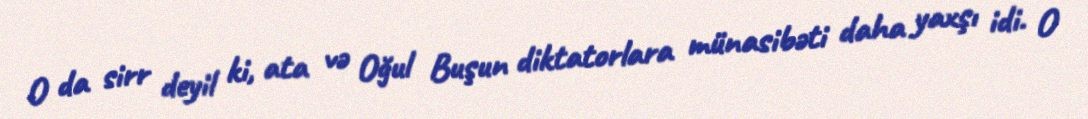
O da sirr deyil ki, ata və Oğul Buşun diktatorlara münasibəti daha yaxşı idi. O